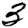
Digit: 3